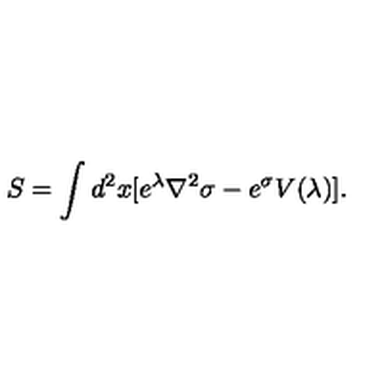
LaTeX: S = \int d ^ { 2 } x [ e ^ { \lambda } \nabla ^ { 2 } \sigma - e ^ { \sigma } V ( \lambda ) ] .